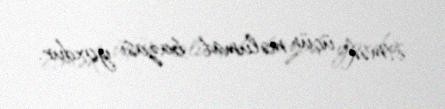
etmək üçün məlumat bazası yoxdur.